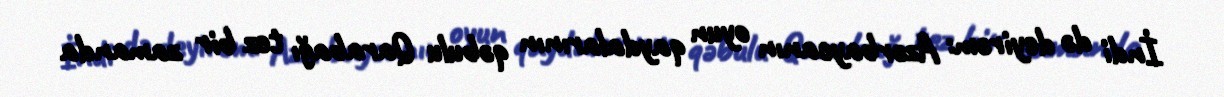
İndi də deyirəm: Azərbaycanın oyun qaydalarının qəbulu Qarabağı tez bir zamanda